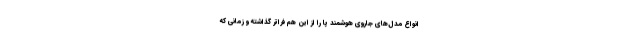
انواع مدل‌های جاروی هوشمند پا را از این هم فراتر گذاشته و زمانی که